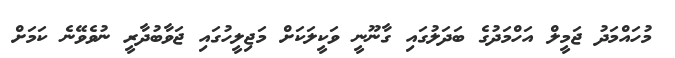
މުހައްމަދު ޖަމީލް އަހްމަދުގެ ބަދަލުގައި ގާނޫނީ ވަކީލަކަށް މަޖިލީހުގައި ޖަވާބުދާރީ ނުވެވޭނެ ކަމަށް